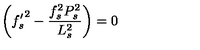
\biggl ( { f _ { s } ^ { \prime } } ^ { 2 } - \frac { f _ { s } ^ { 2 } P _ { s } ^ { 2 } } { L _ { s } ^ { 2 } } \biggr ) = 0